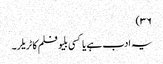
۳۶)
یہ ادب ہے یا کسی بلیو فلم کا ٹریلر۔